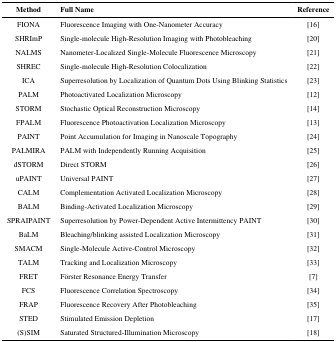
| Method | Full Name | Reference |
 | --- | --- | --- |
 | FIONA | Fluorescence Imaging with One-Nanometer Accuracy | [16] |
 | SHRImP | Single-molecule High-Resolution Imaging with Photobleaching | [20] |
 | NALMS | Nanometer-Localized Single-Molecule Fluorescence Microscopy | [21] |
 | SHREC | Single-molecule High-Resolution Colocalization | [22] |
 | ICA | Superresolution by Localization of Quantum Dots Using Blinking Statistics | [23] |
 | PALM | Photoactivated Localization Microscopy | [12] |
 | STORM | Stochastic Optical Reconstruction Microscopy | [14] |
 | FPALM | Fluorescence Photoactivation Localization Microscopy | [13] |
 | PAINT | Point Accumulation for Imaging in Nanoscale Topography | [24] |
 | PALMIRA | PALM with Independently Running Acquisition | [25] |
 | dSTORM | Direct STORM | [26] |
 | uPAINT | Universal PAINT | [27] |
 | CALM | Complementation Activated Localization Microscopy | [28] |
 | BALM | Binding-Activated Localization Microscopy | [29] |
 | SPRAIPAINT | Superresolution by Power-Dependent Active Intermittency PAINT | [30] |
 | BaLM | Bleaching/blinking assisted Localization Microscopy | [31] |
 | SMACM | Single-Molecule Active-Control Microscopy | [32] |
 | TALM | Tracking and Localization Microscopy | [33] |
 | FRET | Förster Resonance Energy Transfer | [7] |
 | FCS | Fluorescence Correlation Spectroscopy | [34] |
 | FRAP | Fluorescence Recovery After Photobleaching | [35] |
 | STED | Stimulated Emission Depletion | [17] |
 | (S)SIM | Saturated Structured-Illumination Microscopy | [18] |